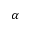
\alpha